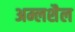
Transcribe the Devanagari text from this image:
अम्लशैल